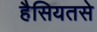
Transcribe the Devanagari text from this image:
हैसियतसे